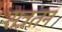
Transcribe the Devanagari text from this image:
सत्रंतन